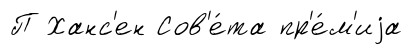
П Ханс'ен Сов'е́та пр'е́м'иjа